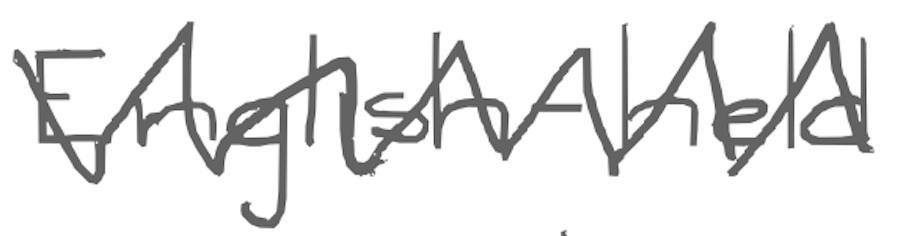
Text: English-held
Cross-out: zig-zag
Writing tool: digital_gray